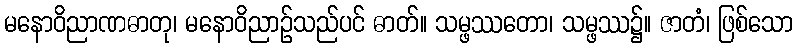
မနောဝိညာဏဓာတု၊ မနောဝိညာဉ်သည်ပင် ဓာတ်။ သမ္ဖဿတော၊ သမ္ဖဿ၌။ ဇာတံ၊ ဖြစ်သော